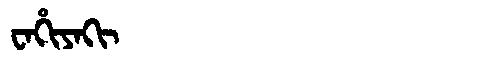
Manchu: ᠸᠠᡥᡳᠶᠠᡴᡳ
Romanization: WAHIYAKI